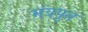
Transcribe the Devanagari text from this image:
मंत्रपूत